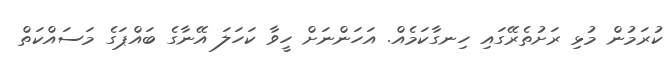
ކުރަމުން މުޅި ރަށުތެރޭގައި ހިނގާކަމެއް. އަހަންނަށް ހީވާ ކަހަލަ އޭނާގެ ބައްޕަގެ މަސައްކަތް